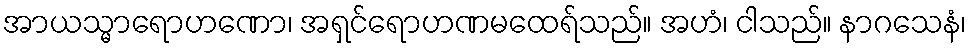
အာယသ္မာရောဟဏော၊ အရှင်ရောဟဏမထေရ်သည်။ အဟံ၊ ငါသည်။ နာဂသေနံ၊